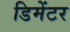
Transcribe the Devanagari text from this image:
डिमेंटर